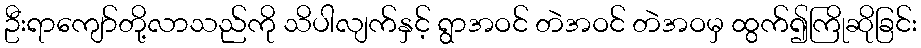
ဦးရာကျော်တို့လာသည်ကို သိပါလျက်နှင့် ရွာအဝင် တဲအဝင် တဲအဝမှ ထွက်၍ကြိုဆိုခြင်း